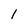
Character: I